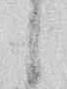
候